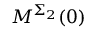
M ^ { \Sigma _ { 2 } } ( 0 )